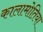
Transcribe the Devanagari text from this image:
कालामोतिया